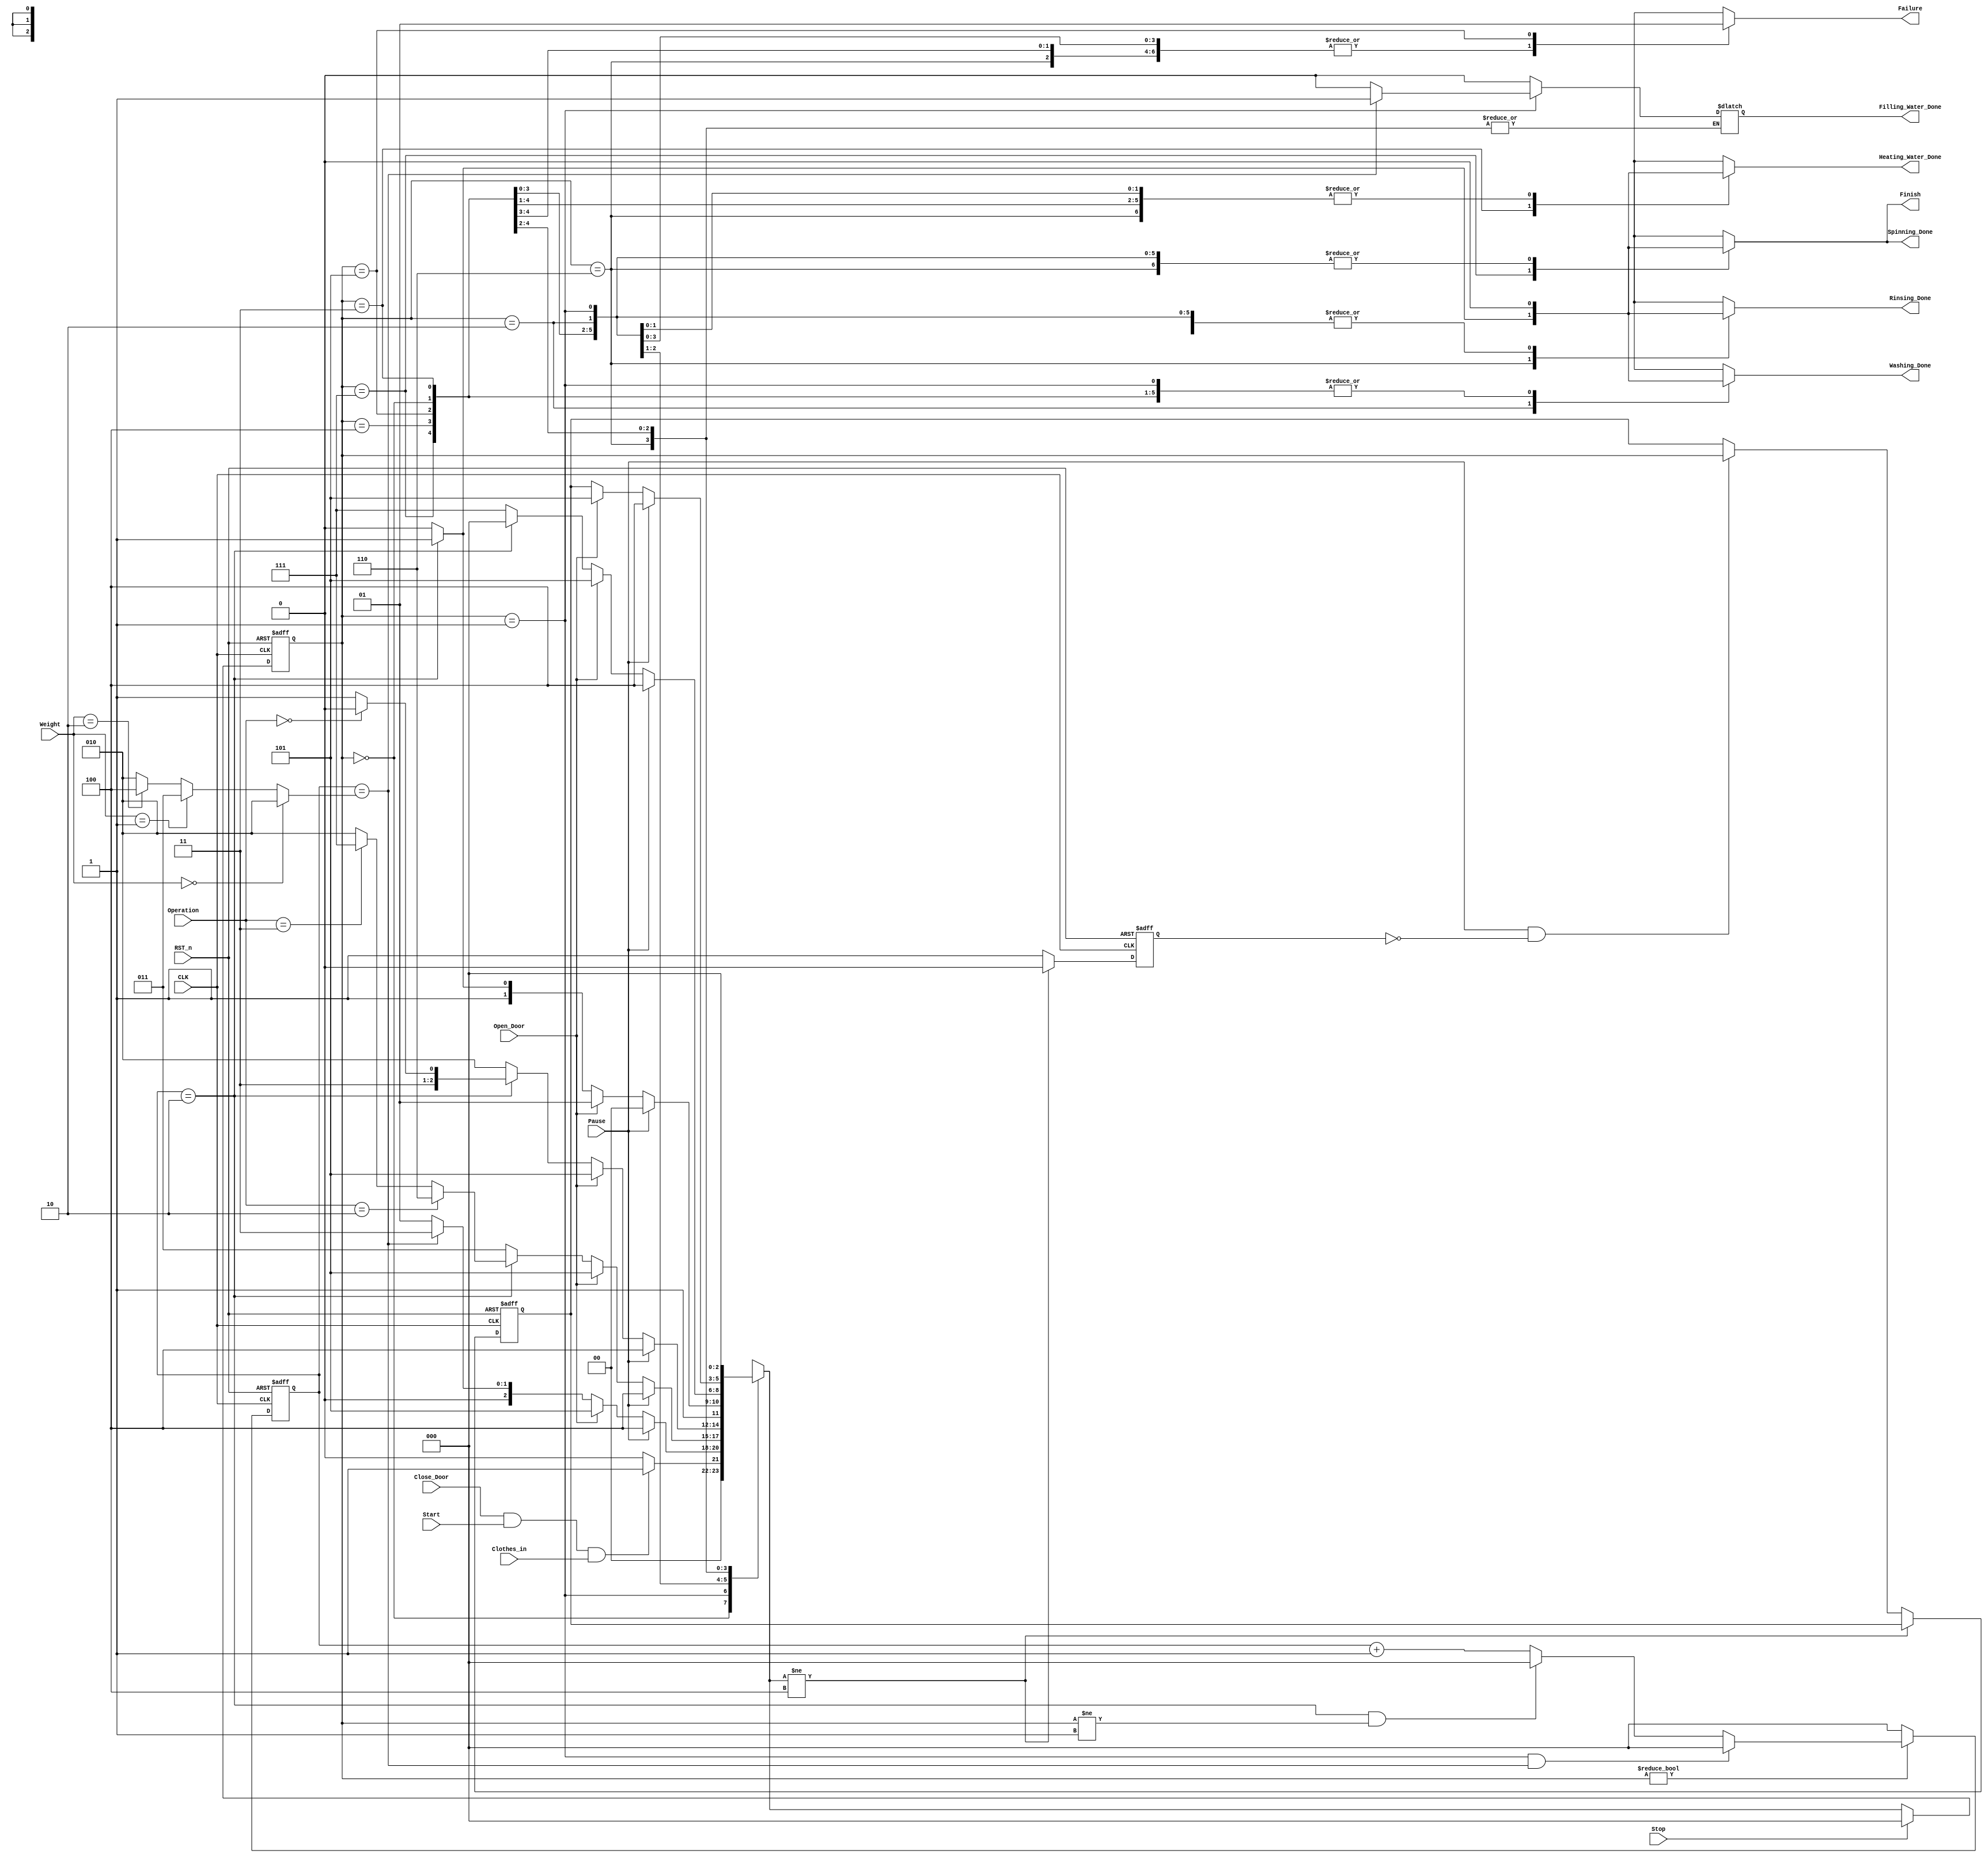
module Washing_Machine
(
  ////////////// INPUTS ////////////
  input                  CLK       					        ,
  input                  RST_n     					        ,
  input                  Open_Door                  ,
  input                  Close_Door                 ,
  input                  Clothes_in                 ,
  input                  Start     					        ,
  input         [1 : 0]  Weight    					        ,
  input  		             Pause       		            ,
  input  		             Stop        		            ,
  input         [1 : 0]  Operation 					        ,

  ///////////// OUTPUTS /////////////
  output  reg            Finish    					        ,
  output  reg            Failure   					        ,
  output  reg            Filling_Water_Done         ,
  output  reg            Heating_Water_Done         ,
  output  reg            Washing_Done               ,
  output  reg            Rinsing_Done               ,
  output  reg            Spinning_Done 

);

//////////// INTERNALS ///////////////

reg [2:0] Current_State                          ;
reg [2:0] Next_State                             ;
reg [2:0] Resume_State                           ;

reg [2:0] Counter                                ; 
reg [2:0] WATER_LEVEL                            ;

reg       flag                                   ;



/////////// PARAMETERS ///////////////

localparam   WAITING      =  3'b000              ;
localparam   FILL_WATER   =  3'b001              ;   
localparam   HEAT_WATER   =  3'b011              ;
localparam   WASHING      =  3'b010              ;
localparam   RINSING      =  3'b110              ;
localparam   SPINNING     =  3'b111              ;
localparam   FAILURE      =  3'b101              ;   
localparam   PAUSE        =  3'b100              ;   

/////////////////////////////////////////

always @(posedge CLK or negedge RST_n) begin
	if (!RST_n) begin
		Current_State <= WAITING    ;
	end

	else if(Stop) begin
       Current_State <= WAITING ;
	end

	else  begin
		Current_State <= Next_State ;
	end
end

//////// NEXT_STATE_SELECTION ///////////

always @(*) begin

 case(Current_State)
 
  WAITING       : begin

  					if(Close_Door && Start && Clothes_in) begin
 						Next_State  = FILL_WATER  ;
  					end

  					else begin
                        Next_State  = WAITING    ;
  					end

                  end  
  



  FILL_WATER    : begin
  	               
                   if(Pause)
                       Next_State = PAUSE ;

                   else if(Open_Door) 
                       Next_State = FAILURE ;


  	               else if(Counter == WATER_LEVEL) 
  	               	   Next_State = HEAT_WATER ;

  	               else        
                       Next_State = FILL_WATER ;
                  end  
  



  HEAT_WATER    : begin

                   if(Pause)
                       Next_State = PAUSE ;

                   else if(Open_Door) Next_State = FAILURE ;

  	               else if(Counter == 2) begin

                        if(Operation == 2)
                            Next_State = RINSING ;         //RINSING -> SPINNING  

  	                    else if(Operation == 3)
  	                    	Next_State = SPINNING;         //SPINNING ONLY

                        else 
                        	Next_State = WASHING ;         //NORMAL OPERATION OR WASHING ONLY 
  	               
  	                end


  	                else
  	                	Next_State = HEAT_WATER  ;

 				  end




  WASHING       :begin

                   if(Pause)
                      Next_State = PAUSE ;  

                  else if(Open_Door) Next_State = FAILURE ;


  	              else if(Counter == 2) begin
                  	
                     if(!Operation) 
                       Next_State = RINSING  ;

                     else
                        Next_State = SPINNING ;   
                  
                  end


                  else begin
                  	Next_State = WASHING   ;
                  end
                
 				 end



  RINSING       :begin

                   if(Pause)
                    Next_State = PAUSE ;

                  else if(Open_Door) Next_State = FAILURE ;

                  else if(Counter == 2) 
                  	Next_State = SPINNING ; 

                   else
                   	Next_State = RINSING  ;

 				 end



  SPINNING      :begin

                  if(Pause)
                       Next_State = PAUSE ;

                  else if(Open_Door) Next_State = FAILURE ;

                  else if(Counter == 2) 
                  	Next_State = WAITING  ;

                  else 
                  	Next_State = SPINNING ;

 				 end  



  PAUSE         :begin

                  if(Pause) 
                   	Next_State = PAUSE ;

                  else if(Open_Door) Next_State = FAILURE ;


                  else 
                   	Next_State = Resume_State ;

 				 end



  FAILURE       :begin
  	               Next_State = WAITING ;
 				 end  

 endcase 

end

//////////////// OUTPUTS_BLOCK //////////////

always@(*) begin

 case(Current_State)

 
    WAITING       : begin

                      Finish               = 0 ;
                      Failure              = 0 ;
                      Filling_Water_Done   = 0 ;
                      Heating_Water_Done   = 0 ;
                      Washing_Done         = 0 ;
                      Rinsing_Done         = 0 ;
                      Spinning_Done        = 0 ;

                    end  
    



    FILL_WATER    : begin

                      Finish               = 0 ;
                      Failure              = 0 ;
                      Heating_Water_Done   = 0 ;
                      Washing_Done         = 0 ;
                      Rinsing_Done         = 0 ;
                      Spinning_Done        = 0 ;
                      
                      if(Counter == WATER_LEVEL)
                      Filling_Water_Done   = 1 ;

                      else
                      Filling_Water_Done   = 0 ;	

                    end  



    
    HEAT_WATER    : begin

                      Finish               = 0 ;
                      Failure              = 0 ;
                      Washing_Done         = 0 ;
                      Rinsing_Done         = 0 ;
                      Spinning_Done        = 0 ;
                      Filling_Water_Done   = 0 ;
                      
                      if(Counter == 2)
                      Heating_Water_Done   = 1 ;

                      else
                      Heating_Water_Done   = 0 ;	

   				    end  



  
    WASHING       : begin

                      Finish               = 0 ;
                      Failure              = 0 ;
                      Rinsing_Done         = 0 ;
                      Spinning_Done        = 0 ;
                      Heating_Water_Done   = 0 ;
                      Filling_Water_Done   = 0 ;
                      
                      if(Counter == 2)
                      Washing_Done         = 1 ;

                      else
                      Washing_Done         = 0 ;	

   				    end  
  



    RINSING       : begin

                      Finish               = 0 ;
                      Failure              = 0 ;
                      Washing_Done         = 0 ;
                      Spinning_Done        = 0 ;
                      Heating_Water_Done   = 0 ;
                      
                      if(Counter == 2)
                      Rinsing_Done         = 1 ;

                      else
                      Rinsing_Done         = 0 ;	

   				    end
  



    SPINNING      : begin

                      Failure              = 0 ;
                      Rinsing_Done         = 0 ;
                      Washing_Done         = 0 ;
                      Heating_Water_Done   = 0 ;
                      
                      if(Counter == 2) begin
                      Spinning_Done        = 1 ;
                      Finish               = 1 ;	
                      end

                      else begin
                      Spinning_Done        = 0 ;	
                      Finish               = 0 ;	
                      end
               
   				    end
  



    PAUSE         : begin

                      Finish               = 0 ;
                      Failure              = 0 ;
                      Rinsing_Done         = 0 ;
                      Spinning_Done        = 0 ;
                      Heating_Water_Done   = 0 ;
                      Washing_Done         = 0 ;	
   		
   				    end
  



    FAILURE       : begin

                      Finish               = 0 ;
                      Failure              = 1 ;
                      Rinsing_Done         = 0 ;
                      Spinning_Done        = 0 ;
                      Heating_Water_Done   = 0 ;
                      Washing_Done         = 0 ;	

 				    end  

 endcase 

end



/////// LEVEL OF WATER HANDLING  ///////

always @(*) begin

if(Weight == 0) begin
  WATER_LEVEL = 3'b010;                  // LIGHT WEIGHT
end

else if(Weight == 1) begin               // MEDIUM WEIGHT
  WATER_LEVEL = 3'b011;
end

else if(Weight == 2) begin               // HEAVY WEIGHT 
  WATER_LEVEL = 3'b100; 
end 

else 
  WATER_LEVEL = 3'b010;
   
end 


///////////// COUNTER HANDLING ////////////////

always @(posedge CLK or negedge RST_n)
begin

  if(!RST_n) Counter <= 0 ;

  else if(Current_State != WAITING) begin


      if(Current_State == FILL_WATER && Counter == WATER_LEVEL) begin
        Counter <= 0 ;
      end
    
      else if(Counter == 2 && Current_State != FILL_WATER) begin
        Counter <= 0 ;
      end
       
      else begin
        Counter <= Counter + 1 ; 
      end

    end 
    

    else begin
       Counter <= 0 ;
    end 
    
end

//////////// PAUSE STATE HANDLING //////////

always @(posedge CLK or negedge RST_n)
begin

if(!RST_n) begin
  Resume_State <= WAITING           ;
  flag         <= 1'b0              ;
end

else if(Next_State != PAUSE) begin
  flag         <= 1'b0              ;
  Resume_State <= Resume_State      ; 
end

else begin

  if(Pause &&  !flag ) begin 
    Resume_State <= Current_State   ;
    flag <= 1'b1                    ;
  end


  else begin 
    Resume_State <= Resume_State    ;
    flag         <= 1'b1            ;
  end

end


end

endmodule